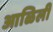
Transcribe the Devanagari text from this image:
आळिली